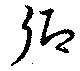
卿